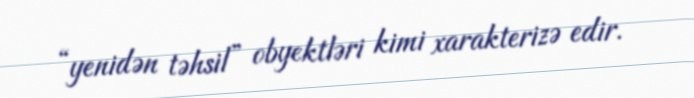
“yenidən təhsil” obyektləri kimi xarakterizə edir.